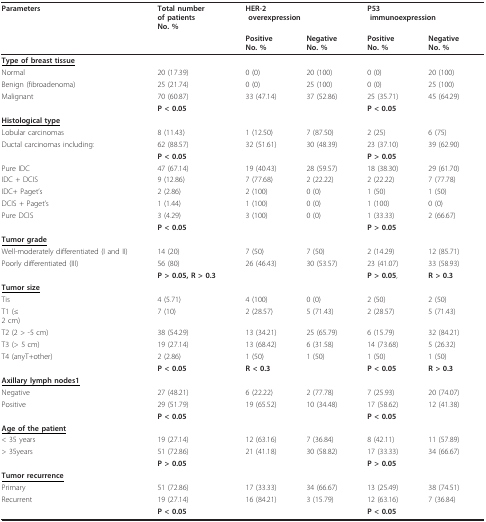
<table><thead><tr><td><b>Parameters</b></td><td><b>Total numberof patientsNo. %</b></td><td colspan="2"><b>HER-2 overexpression</b></td><td colspan="2"><b>P53 immunoexpression</b></td></tr><tr><td></td><td></td><td><b>PositiveNo. %</b></td><td><b>NegativeNo. %</b></td><td><b>PositiveNo. %</b></td><td><b>NegativeNo. %</b></td></tr></thead><tbody><tr><td><b><underline>Type of breast tissue</underline></b></td><td></td><td></td><td></td><td></td><td></td></tr><tr><td>Normal</td><td>20 (17.39)</td><td>0 (0)</td><td>20 (100)</td><td>0 (0)</td><td>20 (100)</td></tr><tr><td>Benign (fibroadenoma)</td><td>25 (21.74)</td><td>0 (0)</td><td>25 (100)</td><td>0 (0)</td><td>25 (100)</td></tr><tr><td>Malignant</td><td>70 (60.87)</td><td>33 (47.14)</td><td>37 (52.86)</td><td>25 (35.71)</td><td>45 (64.29)</td></tr><tr><td></td><td><b>P &lt; 0.05</b></td><td></td><td></td><td><b>P &lt; 0.05</b></td><td></td></tr><tr><td><b><underline>Histological type</underline></b></td><td></td><td></td><td></td><td></td><td></td></tr><tr><td>Lobular carcinomas</td><td>8 (11.43)</td><td>1 (12.50)</td><td>7 (87.50)</td><td>2 (25)</td><td>6 (75)</td></tr><tr><td>Ductal carcinomas including:</td><td>62 (88.57)</td><td>32 (51.61)</td><td>30 (48.39)</td><td>23 (37.10)</td><td>39 (62.90)</td></tr><tr><td></td><td><b>P &lt; 0.05</b></td><td></td><td></td><td><b>P &gt; 0.05</b></td><td></td></tr><tr><td>Pure IDC</td><td>47 (67.14)</td><td>19 (40.43)</td><td>28 (59.57)</td><td>18 (38.30)</td><td>29 (61.70)</td></tr><tr><td>IDC + DCIS</td><td>9 (12.86)</td><td>7 (77.68)</td><td>2 (22.22)</td><td>2 (22.22)</td><td>7 (77.78)</td></tr><tr><td>IDC+ Paget&#x27;s</td><td>2 (2.86)</td><td>2 (100)</td><td>0 (0)</td><td>1 (50)</td><td>1 (50)</td></tr><tr><td>DCIS + Paget&#x27;s</td><td>1 (1.44)</td><td>1 (100)</td><td>0 (0)</td><td>1 (100)</td><td>0 (0)</td></tr><tr><td>Pure DCIS</td><td>3 (4.29)</td><td>3 (100)</td><td>0 (0)</td><td>1 (33.33)</td><td>2 (66.67)</td></tr><tr><td></td><td><b>P &lt; 0.05</b></td><td></td><td></td><td><b>P &gt; 0.05</b></td><td></td></tr><tr><td><b><underline>Tumor grade</underline></b></td><td></td><td></td><td></td><td></td><td></td></tr><tr><td>Well-moderately differentiated (I and II)</td><td>14 (20)</td><td>7 (50)</td><td>7 (50)</td><td>2 (14.29)</td><td>12 (85.71)</td></tr><tr><td>Poorly differentiated (III)</td><td>56 (80)</td><td>26 (46.43)</td><td>30 (53.57)</td><td>23 (41.07)</td><td>33 (58.93)</td></tr><tr><td></td><td><b>P &gt; 0.05, R &gt; 0.3</b></td><td></td><td></td><td><b>P &gt; 0.05</b>,</td><td><b>R &gt; 0.3</b></td></tr><tr><td><b><underline>Tumor size</underline></b></td><td></td><td></td><td></td><td></td><td></td></tr><tr><td>Tis</td><td>4 (5.71)</td><td>4 (100)</td><td>0 (0)</td><td>2 (50)</td><td>2 (50)</td></tr><tr><td>T1 (≤2 cm)</td><td>7 (10)</td><td>2 (28.57)</td><td>5 (71.43)</td><td>2 (28.57)</td><td>5 (71.43)</td></tr><tr><td>T2 (2 &gt; -5 cm)</td><td>38 (54.29)</td><td>13 (34.21)</td><td>25 (65.79)</td><td>6 (15.79)</td><td>32 (84.21)</td></tr><tr><td>T3 (&gt; 5 cm)</td><td>19 (27.14)</td><td>13 (68.42)</td><td>6 (31.58)</td><td>14 (73.68)</td><td>5 (26.32)</td></tr><tr><td>T4 (anyT+other)</td><td>2 (2.86)</td><td>1 (50)</td><td>1 (50)</td><td>1 (50)</td><td>1 (50)</td></tr><tr><td></td><td><b>P &lt; 0.05</b></td><td><b>R &lt; 0.3</b></td><td></td><td><b>P &lt; 0.05</b></td><td><b>R &gt; 0.3</b></td></tr><tr><td><b><underline>Axillary lymph nodes1</underline></b></td><td></td><td></td><td></td><td></td><td></td></tr><tr><td>Negative</td><td>27 (48.21)</td><td>6 (22.22)</td><td>2 (77.78)</td><td>7 (25.93)</td><td>20 (74.07)</td></tr><tr><td>Positive</td><td>29 (51.79)</td><td>19 (65.52)</td><td>10 (34.48)</td><td>17 (58.62)</td><td>12 (41.38)</td></tr><tr><td></td><td><b>P &lt; 0.05</b></td><td></td><td></td><td><b>P &lt; 0.05</b></td><td></td></tr><tr><td><b><underline>Age of the patient</underline></b></td><td></td><td></td><td></td><td></td><td></td></tr><tr><td>&lt; 35 years</td><td>19 (27.14)</td><td>12 (63.16)</td><td>7 (36.84)</td><td>8 (42.11)</td><td>11 (57.89)</td></tr><tr><td>&gt; 35years</td><td>51 (72.86)</td><td>21 (41.18)</td><td>30 (58.82)</td><td>17 (33.33)</td><td>34 (66.67)</td></tr><tr><td></td><td><b>P &gt; 0.05</b></td><td></td><td></td><td><b>P &gt; 0.05</b></td><td></td></tr><tr><td><b><underline>Tumor recurrence</underline></b></td><td></td><td></td><td></td><td></td><td></td></tr><tr><td>Primary</td><td>51 (72.86)</td><td>17 (33.33)</td><td>34 (66.67)</td><td>13 (25.49)</td><td>38 (74.51)</td></tr><tr><td>Recurrent</td><td>19 (27.14)</td><td>16 (84.21)</td><td>3 (15.79)</td><td>12 (63.16)</td><td>7 (36.84)</td></tr><tr><td></td><td><b>P &lt; 0.05</b></td><td></td><td></td><td><b>P &lt; 0.05</b></td><td></td></tr></tbody></table>